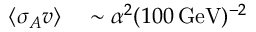
\begin{array} { r l } { \langle \sigma _ { A } v \rangle } & { { } \sim \alpha ^ { 2 } ( 1 0 0 \, \mathrm { G e V } ) ^ { - 2 } } \end{array}